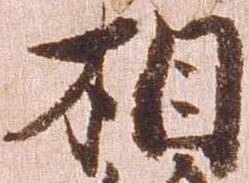
相